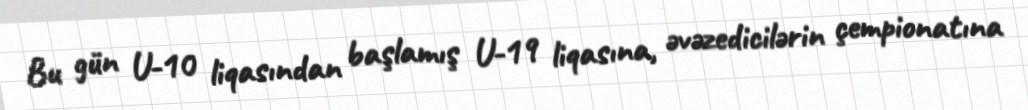
Bu gün U-10 liqasından başlamış U-19 liqasına, əvəzedicilərin çempionatına